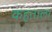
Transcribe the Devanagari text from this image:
कहताला